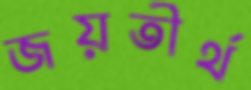
জয়তীর্থ